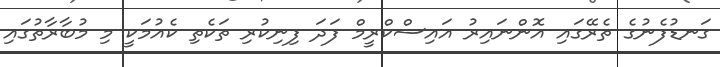
ގަނޑުފެނުގެ ތެރޭގައި އޮންނައިރު އައިސްކްރީމް ފަދަ ފިނިކުރި ތަކެތި ކެއުމަކީ މި މުބާރާތުގައި